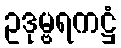
ဥဒုမ္ဗရကဋ္ဌံ